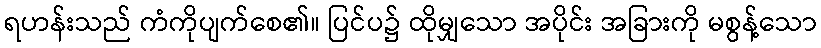
ရဟန်းသည် ကံကိုပျက်စေ၏။ ပြင်ပ၌ ထိုမျှသော အပိုင်း အခြားကို မစွန့်သော